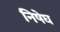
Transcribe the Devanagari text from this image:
निषेघ